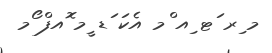
މ ިރ ަޓ ިއ ްމ އެކަ ަޑ ީމ ޮއފް ޯމ